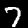
Label: 7